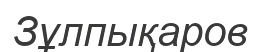
Зұлпықаров